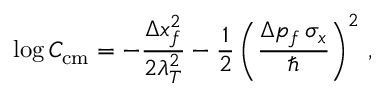
\log C _ { \mathrm { c m } } = - \frac { \Delta x _ { f } ^ { 2 } } { 2 \lambda _ { T } ^ { 2 } } - \frac { 1 } { 2 } \left( \frac { \Delta p _ { f } \, \sigma _ { x } } { \hbar } \right) ^ { 2 } \, ,